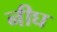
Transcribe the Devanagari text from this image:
नीघ